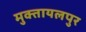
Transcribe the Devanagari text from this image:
मुक्तायलपुर